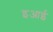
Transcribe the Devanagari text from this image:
इआई